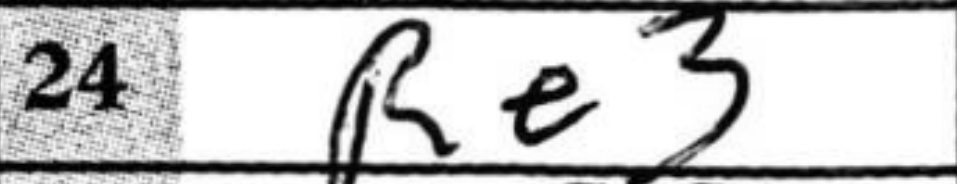
Transcription: Re3